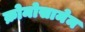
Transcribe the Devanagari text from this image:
क्रोमोसामेम